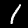
Label: 1